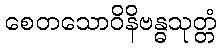
စေတသောဝိနိဗန္ဓသုတ္တံ